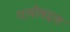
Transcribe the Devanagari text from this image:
गायीबद्दल